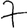
Digit: 7